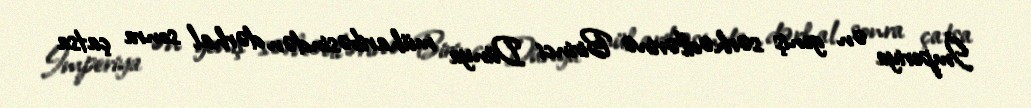
İmperiya ən geniş sərhədlərinə Birinci Dünya müharibəsindən dərhal sonra çatsa